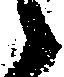
々